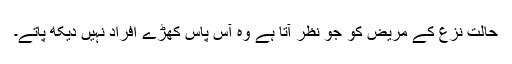
حالت نزع کے مریض کو جو نظر آتا ہے وہ آس پاس کھڑے افراد نہیں دیکھ پاتے۔